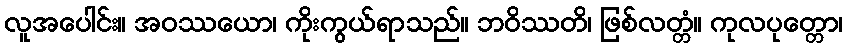
လူအပေါင်း။ အဝဿယော၊ ကိုးကွယ်ရာသည်။ ဘဝိဿတိ၊ ဖြစ်လတ္တံ။ ကုလပုတ္တော၊